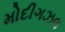
મોદીગઝલ